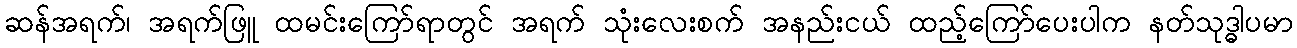
ဆန်အရက်၊ အရက်ဖြူ ထမင်းကြော်ရာတွင် အရက် သုံးလေးစက် အနည်းငယ် ထည့်ကြော်ပေးပါက နတ်သုဒ္ဓါပမာ